Vaccine operations Central Provinces & Berar 1912-1920 - 1912-1920
Year: 1912
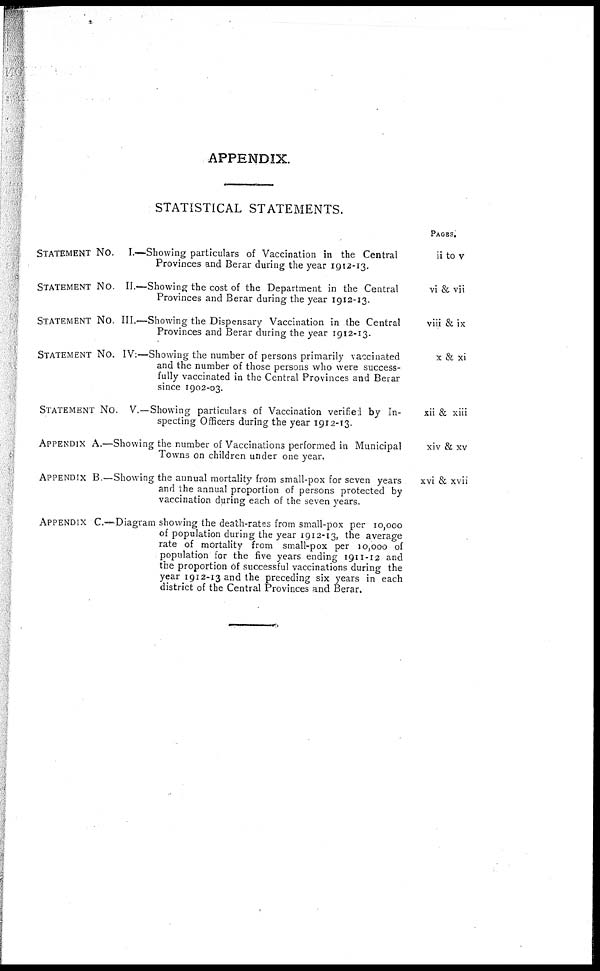
APPENDIX.
STATISTICAL STATEMENTS.
STATEMENT No. I.—Showing particulars of Vaccination in the Central
Provinces and Berar during the year 1912-13.
STATEMENT No. II.—Showing the cost of the Department in the Central
Provinces and Berar during the year 1912-13.
STATEMENT No. III.—Showing the Dispensary Vaccination in the Central
Provinces and Berar during the year 1912-13.
STATEMENT No. IV:—Showing the number of persons primarily vaccinated
and the number of those persons who were success-
fully vaccinated in the Central Provinces and Berar
since 1902-03.
STATEMENT No. V.—Showing particulars of Vaccination verified by In-
specting Officers during the year 1912-13.
APPENDIX A.—Showing the number of Vaccinations performed in Municipal
Towns on children under one year.
APPENDIX B.—Showing the annual mortality from small-pox for seven years
and the annual proportion of persons protected by
vaccination during each of the seven years.
APPENDIX C.—Diagram showing the death-rates from small-pox per 10,000
of population during the year 1912-13, the average
rate of mortality from small-pox per 10,000 of
population for the five years ending 1911-12 and
the proportion of successful vaccinations during the
year 1912-13 and the preceding six years in each
district of the Central Provinces and Berar.
PAGES.
ii to v
vi & vii
viii & ix
x & xi
xii & xiii
xiv & xv
xvi & xvii